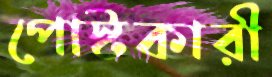
পোস্টকারী